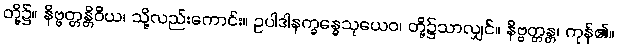
တို့၌။ နိဗ္ဗတ္တန္တိဝိယ၊ သို့လည်းကောင်း။ ဥပါဒါနက္ခန္ဓေသုယေဝ၊ တို့၌သာလျှင်။ နိဗ္ဗတ္တန္တ၊ ကုန်၏။